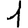
Digit: 1